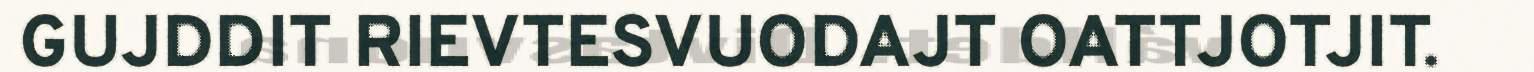
GUJDDIT RIEVTESVUODAJT OATTJOTJIT.